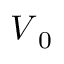
\ensuremath { \boldsymbol { V } } _ { 0 }